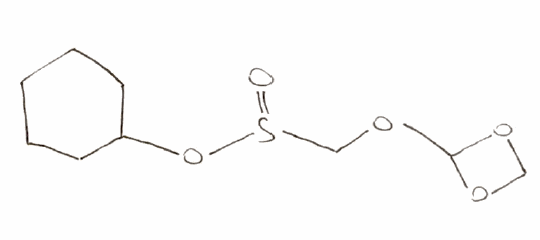
Simplified molecular-input line-entry system (SMILES) notation of the given molecule:
C1CCC(CC1)OS(=O)COC2OCO2